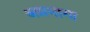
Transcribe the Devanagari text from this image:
अग्रभागा